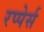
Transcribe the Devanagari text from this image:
रप्पेर्स